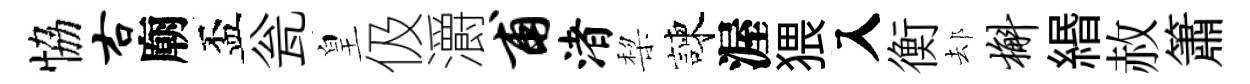
恊右廟盃瓮皇伋灂甫渚棃諫渥猥入衡𨚫槲緡赦簫